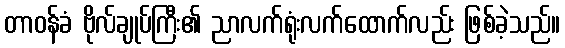
တာဝန်ခံ ဗိုလ်ချုပ်ကြီး၏ ညာလက်ရုံးလက်ထောက်လည်း ဖြစ်ခဲ့သည်။